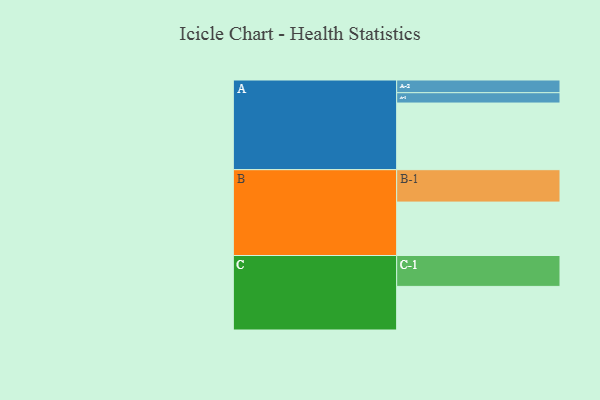
{"axis": {"x": "Segment", "y": "Value"}, "legend": ["", "A", "B", "C"], "data": [{"x": "A", "y": 535, "type": ""}, {"x": "B", "y": 429, "type": ""}, {"x": "C", "y": 350, "type": ""}, {"x": "A-1", "y": 83, "type": "A"}, {"x": "A-2", "y": 102, "type": "A"}, {"x": "B-1", "y": 260, "type": "B"}, {"x": "C-1", "y": 248, "type": "C"}]}